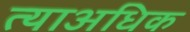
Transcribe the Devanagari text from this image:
त्याअधिक